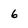
Character: 6